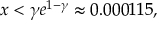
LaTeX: x < \gamma e ^ { 1 - \gamma } \approx 0 . 0 0 0 1 1 5 ,